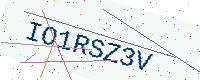
Text: IO1RSZ3V